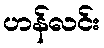
ဟန်လင်း